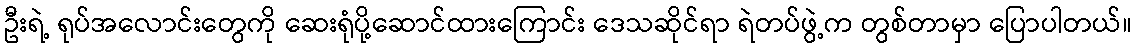
ဦးရဲ့ ရုပ်အလောင်းတွေကို ဆေးရုံပို့ဆောင်ထားကြောင်း ဒေသဆိုင်ရာ ရဲတပ်ဖွဲ့က တွစ်တာမှာ ပြောပါတယ်။